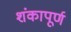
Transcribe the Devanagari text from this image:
शंकापूर्ण